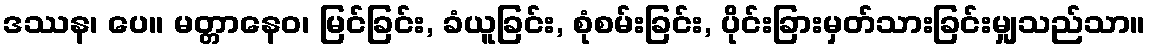
ဒဿန၊ ပေ။ မတ္တာနေဝ၊ မြင်ခြင်း, ခံယူခြင်း, စုံစမ်းခြင်း, ပိုင်းခြားမှတ်သားခြင်းမျှသည်သာ။